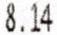
8.14